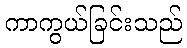
ကာကွယ်ခြင်းသည်